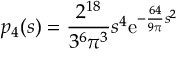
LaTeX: p _ { 4 } ( s ) = { \frac { 2 ^ { 1 8 } } { 3 ^ { 6 } \pi ^ { 3 } } } s ^ { 4 } \mathrm { e } ^ { - { \frac { 6 4 } { 9 \pi } } s ^ { 2 } }